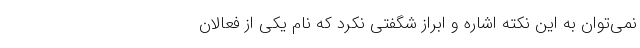
نمی‌توان به این نکته اشاره و ابراز شگفتی نکرد که نام یکی از فعالان